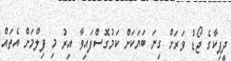
ދީޕިކާގެ ޖޯޑު ވަރަށް ގިނަ ބަޔަކަށް ކަމުގޮސްފައިވާ އިރު މި ފިލްމަށް އެތައް